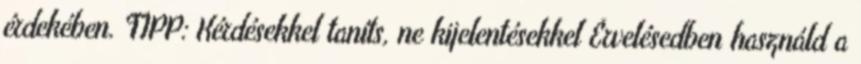
érdekében. TIPP: Kérdésekkel taníts, ne kijelentésekkel Érvelésedben használd a